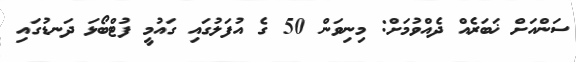
ސަންއަށް ޚަބަރެއް ދެއްވުމަށް: މިނިވަން 50 ގެ އުފަލުގައި ގައުމީ ފުޓްބޯޅަ ދަނޑުގައި